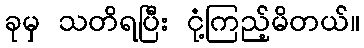
ခုမှ သတိရပြီး ငုံ့ကြည့်မိတယ်။